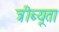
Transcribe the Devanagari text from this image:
त्रीब्यूता